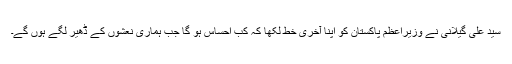
سید علی گیلانی نے وزیراعظم پاکستان کو اپنا آخری خط لکھا کہ کب احساس ہو گا جب ہماری نعشوں کے ڈھیر لگے ہوں گے۔